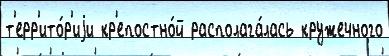
т'ерр'ито́р'иjи кр'епостно́й располага́лась кружечного